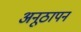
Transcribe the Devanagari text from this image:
अनूठापन